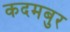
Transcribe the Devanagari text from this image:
कदमबुर